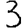
Digit: 3